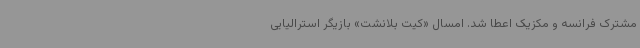
مشترک فرانسه و مکزیک اعطا شد. امسال «کیت بلانشت» بازیگر استرالیایی